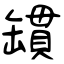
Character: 罆